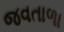
જવતાળા